Senior Leaving Certificate Examination (including Day School Certificate (Higher) General paper), 1948
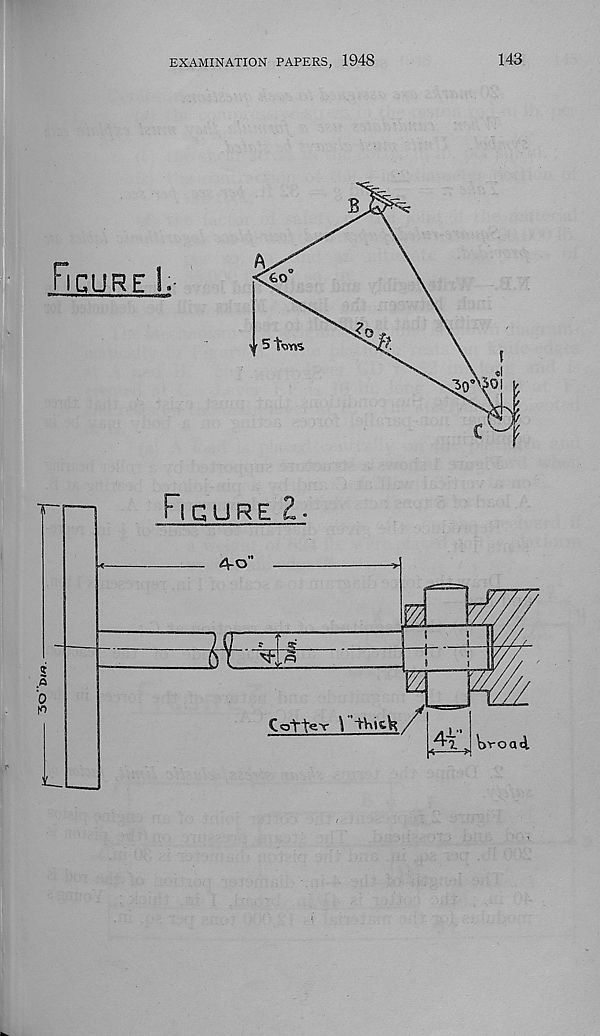
EXAMINATION PAPERS, 1948
143
Figure
60
5 tw»%
0
?0
4—
Figure 2
4-0"
JO
CM
I
!
U
Cgtte-v
i
i
\>roa<i